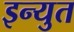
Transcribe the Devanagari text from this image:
इन्युत